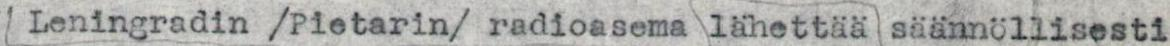
Leningradin /Pietarin/ radioasema lähettää säännöllisesti